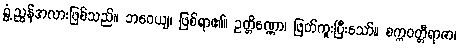
ရွှံ့ညွန်အလားဖြစ်သည်။ ဘဝေယျ၊ ဖြစ်ရာ၏။ ဥတ္တိဏ္ဏော၊ ဖြတ်ကူးပြီးသော်။ စက္ကဝတ္တီရာဇာ၊